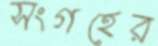
সংগহের